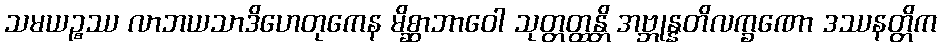
သမယဉ္စဿ လာဘယသာဒိဟေတုကေန မိစ္ဆာဘာဝေါ သုတ္တတ္ထန္တိ အဗ္ဘုန္နတိလက္ခဏော ဒဿနတ္တိက